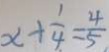
x + \frac { 1 } { 4 } = \frac { 4 } { 5 }